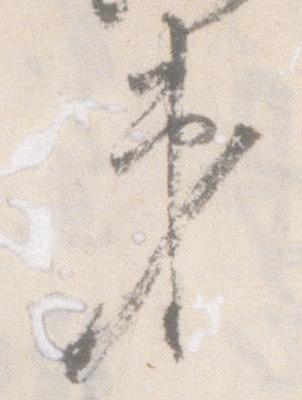
第